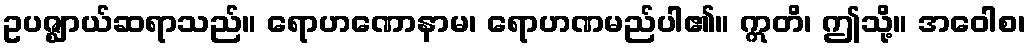
ဥပဇ္ဈာယ်ဆရာသည်။ ရောဟဏောနာမ၊ ရောဟဏမည်ပါ၏။ ဣတိ၊ ဤသို့။ အဝေါစ၊